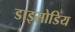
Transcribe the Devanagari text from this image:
डाइसोडिय